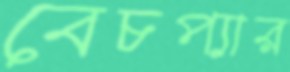
বেচপ্যার